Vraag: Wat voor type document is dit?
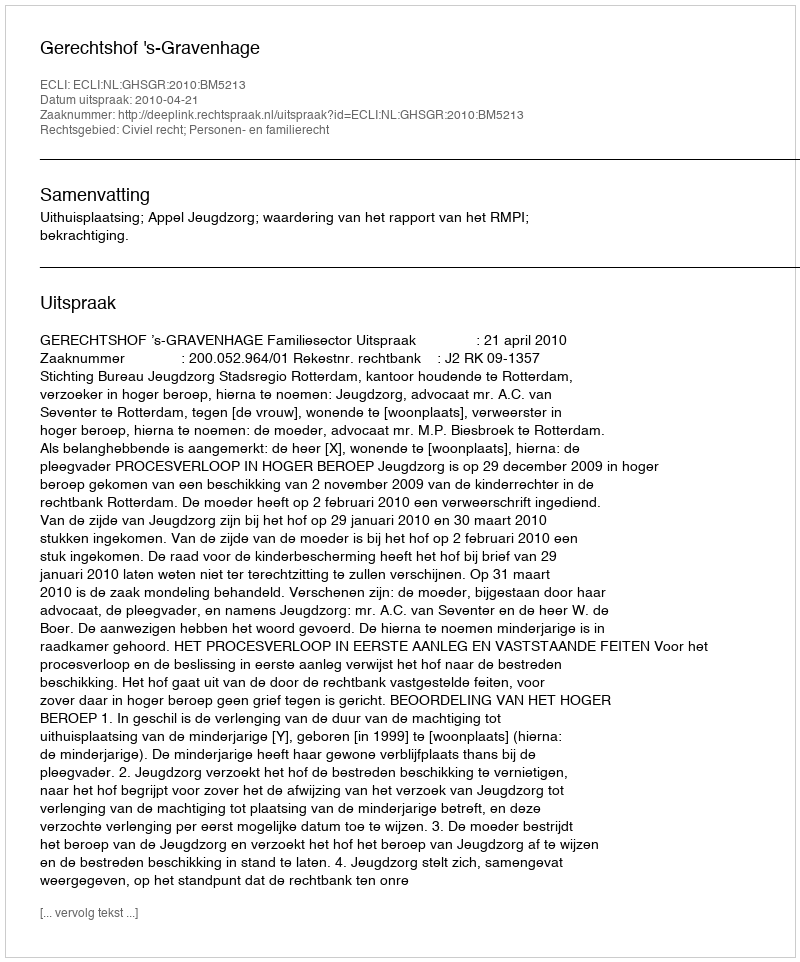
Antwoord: Uitspraak